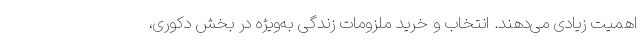
اهمیت زیادی می‌دهند. انتخاب و خرید ملزومات زندگی به‌ویژه در بخش دکوری،